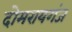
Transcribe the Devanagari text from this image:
दोमरायगंज